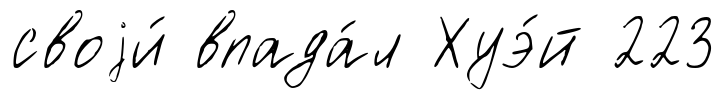
своjи́ впада́л Хуэ́й 223